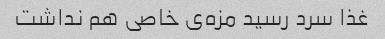
غذا سرد رسید مزه‌ی خاصی هم نداشت